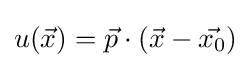
u({\vec {x}})={\vec {p}}\cdot ({\vec {x}}-{\vec {x_{0}}})